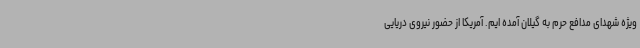
ویژه شهدای مدافع حرم به گیلان آمده ایم. آمریکا از حضور نیروی دریایی